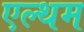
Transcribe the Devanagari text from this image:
एल्थम